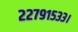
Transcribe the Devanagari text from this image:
२२७९१५३३।